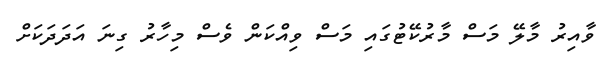
ވާއިރު މާލޭ މަސް މާރުކޭޓުގައި މަސް ވިއްކަން ވެސް މިހާރު ގިނަ އަދަދަކަށް